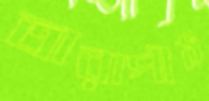
তারাপীঠ